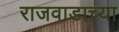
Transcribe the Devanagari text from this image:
राजवाडाच्या